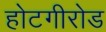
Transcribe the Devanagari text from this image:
होटगीरोड